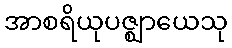
အာစရိယုပဇ္ဈာယေသု